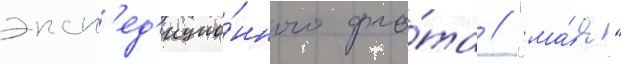
эксп'ед'ицио́нного фло́та // "ма́я"